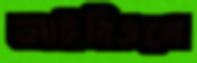
আইবিএনে